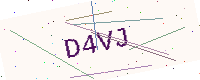
Text: D4VJ